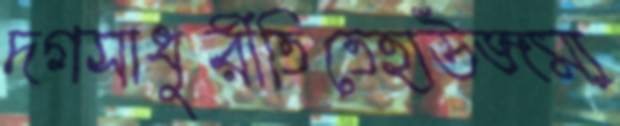
দগসাধুরীতিতেহাউজম্য